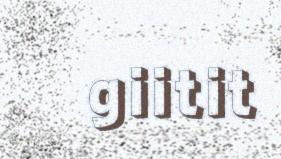
giitit